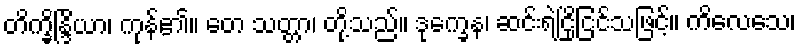
တိက္ခိန္ဒြိယာ၊ ကုန်၏။ တေ သတ္တာ၊ တို့သည်။ ဒုက္ခေန၊ ဆင်းရဲငြိုငြင်သဖြင့်။ ကိလေသေ၊